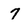
Character: 7